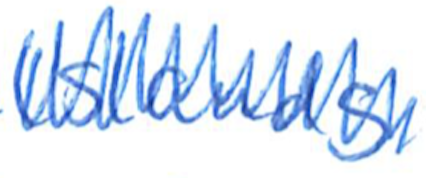
Text: Islands
Cross-out: zig-zag
Writing tool: ballpoint